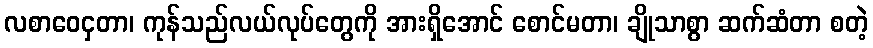
လစာဝေငှတာ၊ ကုန်သည်လယ်လုပ်တွေကို အားရှိအောင် စောင်မတာ၊ ချိုသာစွာ ဆက်ဆံတာ စတဲ့